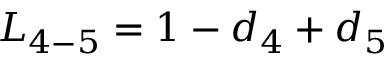
{ L _ { 4 - 5 } } = 1 - { d _ { 4 } } + { d _ { 5 } }